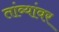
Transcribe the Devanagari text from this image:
तांब्यांवर